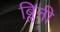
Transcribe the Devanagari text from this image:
ब्लिनी